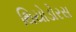
થિયોડોરસ